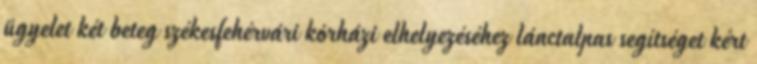
ügyelet két beteg székesfehérvári kórházi elhelyezéséhez lánctalpas segítséget kért